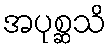
အပုစ္ဆသိ